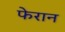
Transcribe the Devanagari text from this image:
फेरान